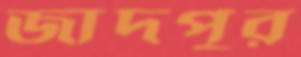
জাদপুর